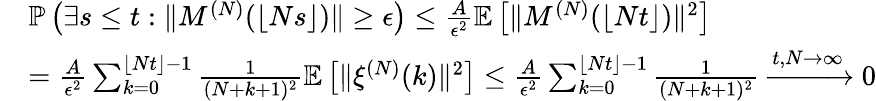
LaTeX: \begin{array}{rl}&{\mathbb{P}\left(\exists s\le t:\| M^{(N)}(\lfloor Ns\rfloor)\| \ge\epsilon\right)\le\frac{A}{\epsilon^{2}}\mathbb{E}\left[\| M^{(N)}(\lfloor Nt\rfloor)\| ^{2}\right]}\\ &{=\frac{A}{\epsilon^{2}}\sum_{k=0}^{\lfloor Nt\rfloor-1}\frac{1}{(N+k+1)^{2}}\mathbb{E}\left[\| \xi^{(N)}(k)\| ^{2}\right]\le\frac{A}{\epsilon^{2}}\sum_{k=0}^{\lfloor Nt\rfloor-1}\frac{1}{(N+k+1)^{2}}\xrightarrow{t,N\to\infty}0}\end{array}